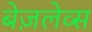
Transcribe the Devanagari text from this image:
बेज़लेव्स